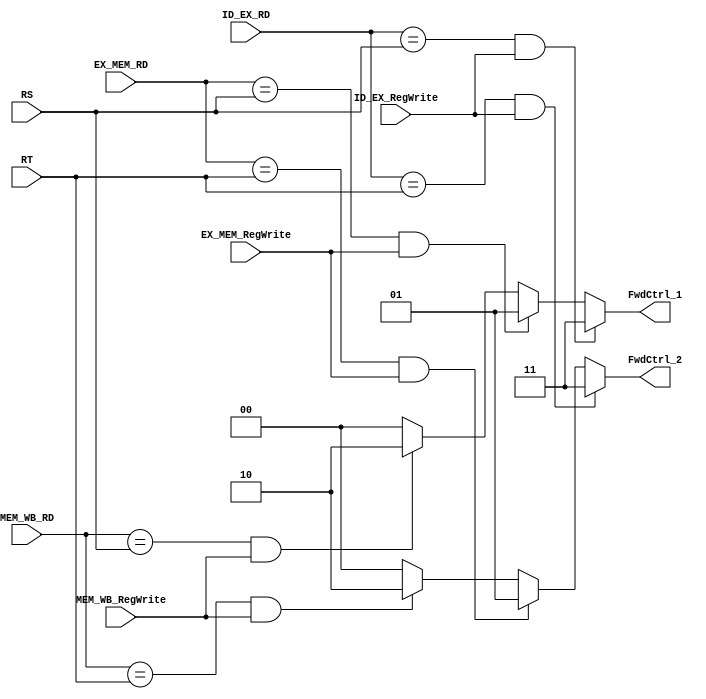
//Forwarding Controller for 5 stage mips pipeline processor


module branch_forward_unit(
	input wire [4:0] ID_EX_RD,
	input wire [4:0] EX_MEM_RD,
	input wire [4:0] MEM_WB_RD,
	input wire ID_EX_RegWrite,
	input wire EX_MEM_RegWrite,
	input wire MEM_WB_RegWrite,
	input wire [4:0] RS,
	input wire [4:0] RT,
	
	output reg [1:0] FwdCtrl_1,
	output reg [1:0] FwdCtrl_2 
);

	/*Forward control notes 
		for fwdctrl 1/2
		01: grab value from ex/mem register
		10: grab value from mem_mux	
	*/
	
	
	always @(*) begin
		if((ID_EX_RD == RS) && (ID_EX_RegWrite == 1)) begin
			FwdCtrl_1 <= 2'b11;
		end
		else if((EX_MEM_RD == RS) && (EX_MEM_RegWrite == 1)) begin 
			FwdCtrl_1 <= 2'b01;
		end
		else if((MEM_WB_RD == RS) && (MEM_WB_RegWrite == 1)) begin
			FwdCtrl_1 <= 2'b10;
		end 
		else begin
			FwdCtrl_1 <= 2'b00;
		end
		
		if((ID_EX_RD == RT) && (ID_EX_RegWrite == 1)) begin
			FwdCtrl_2 <= 2'b11;
		end
		else if((EX_MEM_RD == RT) && (EX_MEM_RegWrite == 1)) begin
			FwdCtrl_2 <= 2'b01;
		end
		else if((MEM_WB_RD == RT) && (MEM_WB_RegWrite == 1)) begin
			FwdCtrl_2 <= 2'b10;
		
		end 
		else begin
			FwdCtrl_2 <= 2'b00;
		end
	end	

endmodule